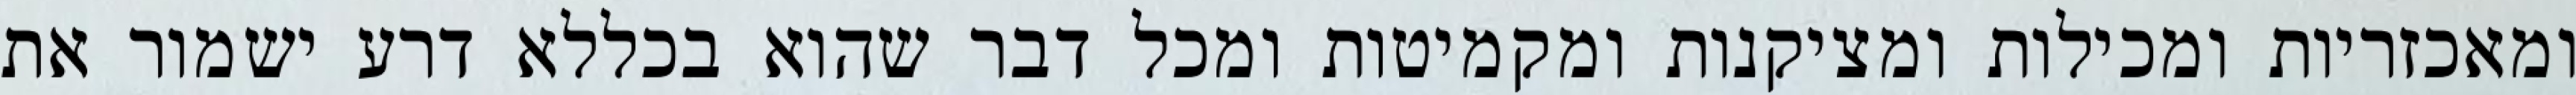
ומאכזריות ומכילות ומציקנות ומקמיטות ומכל דבר שהוא בכללא דרע ישמור את